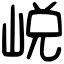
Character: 㟋